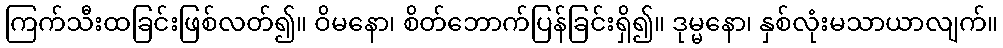
ကြက်သီးထခြင်းဖြစ်လတ်၍။ ဝိမနော၊ စိတ်ဘောက်ပြန်ခြင်းရှိ၍။ ဒုမ္မနော၊ နှစ်လုံးမသာယာလျက်။